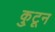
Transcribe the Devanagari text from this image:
कु्टून